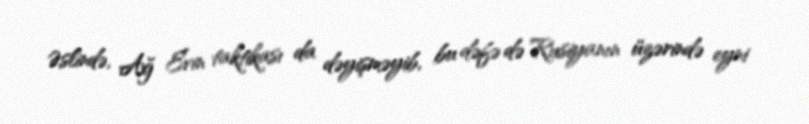
Əslində, Ağ Evin taktikası da dəyişməyib, bu dəfə də Rusiyanın üzərində eyni